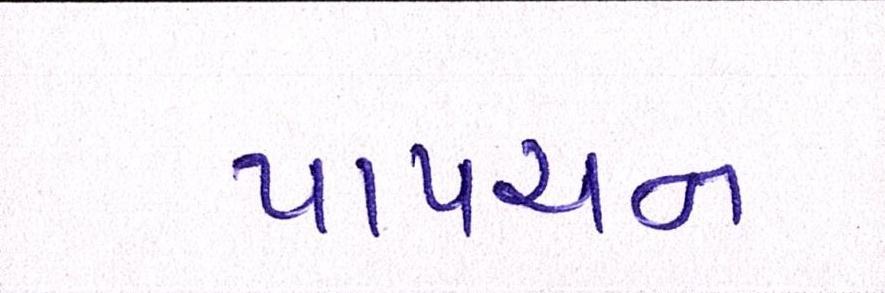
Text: પાપચન